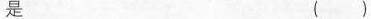
是 ()